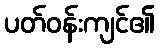
ပတ်ဝန်းကျင်၏